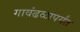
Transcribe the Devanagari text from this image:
गावंढळापर्यंत